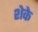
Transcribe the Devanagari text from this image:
शेके